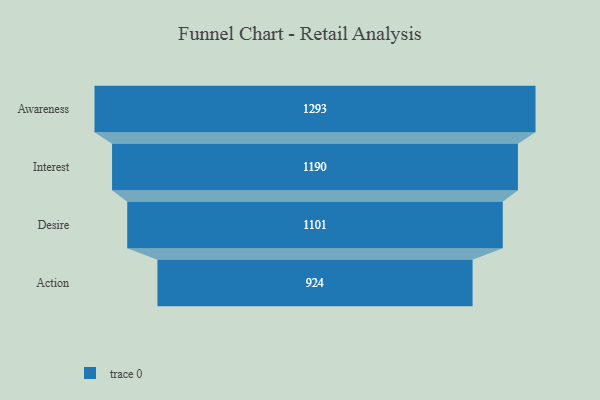
{"axis": {"x": "Stage", "y": "Value"}, "legend": [""], "data": [{"x": "Awareness", "y": 1293.0, "type": ""}, {"x": "Interest", "y": 1190.0, "type": ""}, {"x": "Desire", "y": 1101.0, "type": ""}, {"x": "Action", "y": 924.0, "type": ""}]}